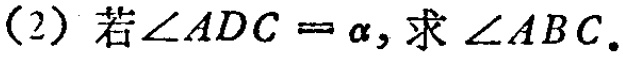
(2) 若\(\angle ADC = \alpha\), 求\(\angle ABC\).